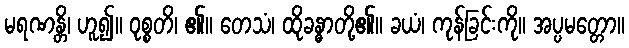
မရဏန္တိ၊ ဟူ၍။ ဝုစ္စတိ၊ ၏။ တေသံ၊ ထိုခန္ဓာတို့၏။ ခယံ၊ ကုန်ခြင်းကို။ အပ္ပမတ္တော။